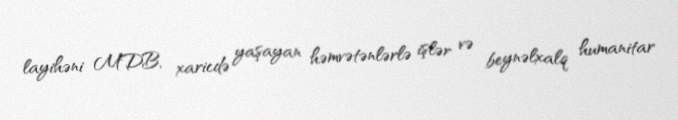
layihəni MDB, xaricdə yaşayan həmvətənlərlə işlər və beynəlxalq humanitar